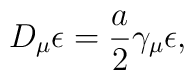
D_{\mu} \epsilon = \frac{a}{2} \gamma_{\mu} \epsilon,